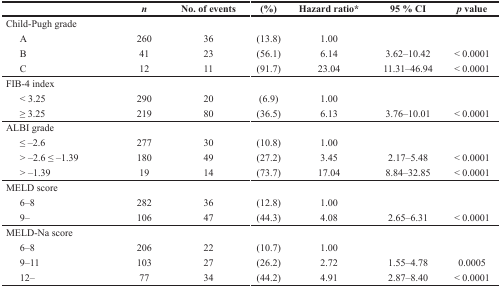
<table><thead><tr><td></td><td><b><i>n</i></b></td><td><b>No. of events</b></td><td><b>(%)</b></td><td><b>Hazard ratio*</b></td><td><b>95 % CI</b></td><td><b><i>p</i> value</b></td></tr></thead><tbody><tr><td>Child-Pugh grade</td><td></td><td></td><td></td><td></td><td></td><td></td></tr><tr><td> A</td><td>260</td><td>36</td><td>(13.8)</td><td>1.00</td><td></td><td></td></tr><tr><td> B</td><td>41</td><td>23</td><td>(56.1)</td><td>6.14</td><td>3.62–10.42</td><td>&lt; 0.0001</td></tr><tr><td> C</td><td>12</td><td>11</td><td>(91.7)</td><td>23.04</td><td>11.31–46.94</td><td>&lt; 0.0001</td></tr><tr><td>FIB-4 index</td><td></td><td></td><td></td><td></td><td></td><td></td></tr><tr><td> &lt; 3.25</td><td>290</td><td>20</td><td>(6.9)</td><td>1.00</td><td></td><td></td></tr><tr><td> ≥ 3.25</td><td>219</td><td>80</td><td>(36.5)</td><td>6.13</td><td>3.76–10.01</td><td>&lt; 0.0001</td></tr><tr><td>ALBI grade</td><td></td><td></td><td></td><td></td><td></td><td></td></tr><tr><td> ≤ –2.6</td><td>277</td><td>30</td><td>(10.8)</td><td>1.00</td><td></td><td></td></tr><tr><td> &gt; –2.6 ≤ –1.39</td><td>180</td><td>49</td><td>(27.2)</td><td>3.45</td><td>2.17–5.48</td><td>&lt; 0.0001</td></tr><tr><td> &gt; –1.39</td><td>19</td><td>14</td><td>(73.7)</td><td>17.04</td><td>8.84–32.85</td><td>&lt; 0.0001</td></tr><tr><td>MELD score</td><td></td><td></td><td></td><td></td><td></td><td></td></tr><tr><td> 6–8</td><td>282</td><td>36</td><td>(12.8)</td><td>1.00</td><td></td><td></td></tr><tr><td> 9–</td><td>106</td><td>47</td><td>(44.3)</td><td>4.08</td><td>2.65–6.31</td><td>&lt; 0.0001</td></tr><tr><td>MELD-Na score</td><td></td><td></td><td></td><td></td><td></td><td></td></tr><tr><td> 6–8</td><td>206</td><td>22</td><td>(10.7)</td><td>1.00</td><td></td><td></td></tr><tr><td> 9–11</td><td>103</td><td>27</td><td>(26.2)</td><td>2.72</td><td>1.55–4.78</td><td>0.0005</td></tr><tr><td> 12–</td><td>77</td><td>34</td><td>(44.2)</td><td>4.91</td><td>2.87–8.40</td><td>&lt; 0.0001</td></tr></tbody></table>